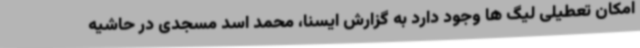
امکان تعطیلی لیگ ها وجود دارد به گزارش ایسنا، محمد اسد مسجدی در حاشیه